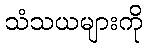
သံသယများကို